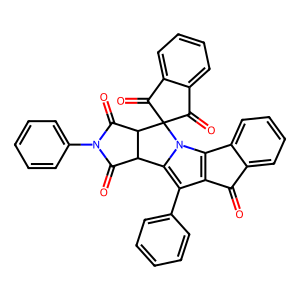
SMILES: O=C1c2ccccc2-c2c1c(-c1ccccc1)c1n2C2(C(=O)c3ccccc3C2=O)C2C(=O)N(c3ccccc3)C(=O)C12
Inhibits HIV replication: No